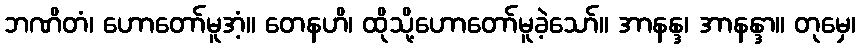
ဘဏိတံ၊ ဟောတော်မူအံ့။ တေနဟိ၊ ထိုသို့ဟောတော်မူခဲ့သော်။ အာနန္ဒ၊ အာနန္ဒာ။ တုမှေ၊